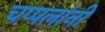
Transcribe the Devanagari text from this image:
चप्पलांनी